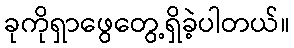
ခုကိုရှာဖွေတွေ့ရှိခဲ့ပါတယ်။